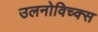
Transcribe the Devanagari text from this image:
उलनोविच्क्स